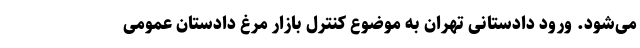
می‌شود. ورود دادستانی تهران به موضوع کنترل بازار مرغ دادستان عمومی